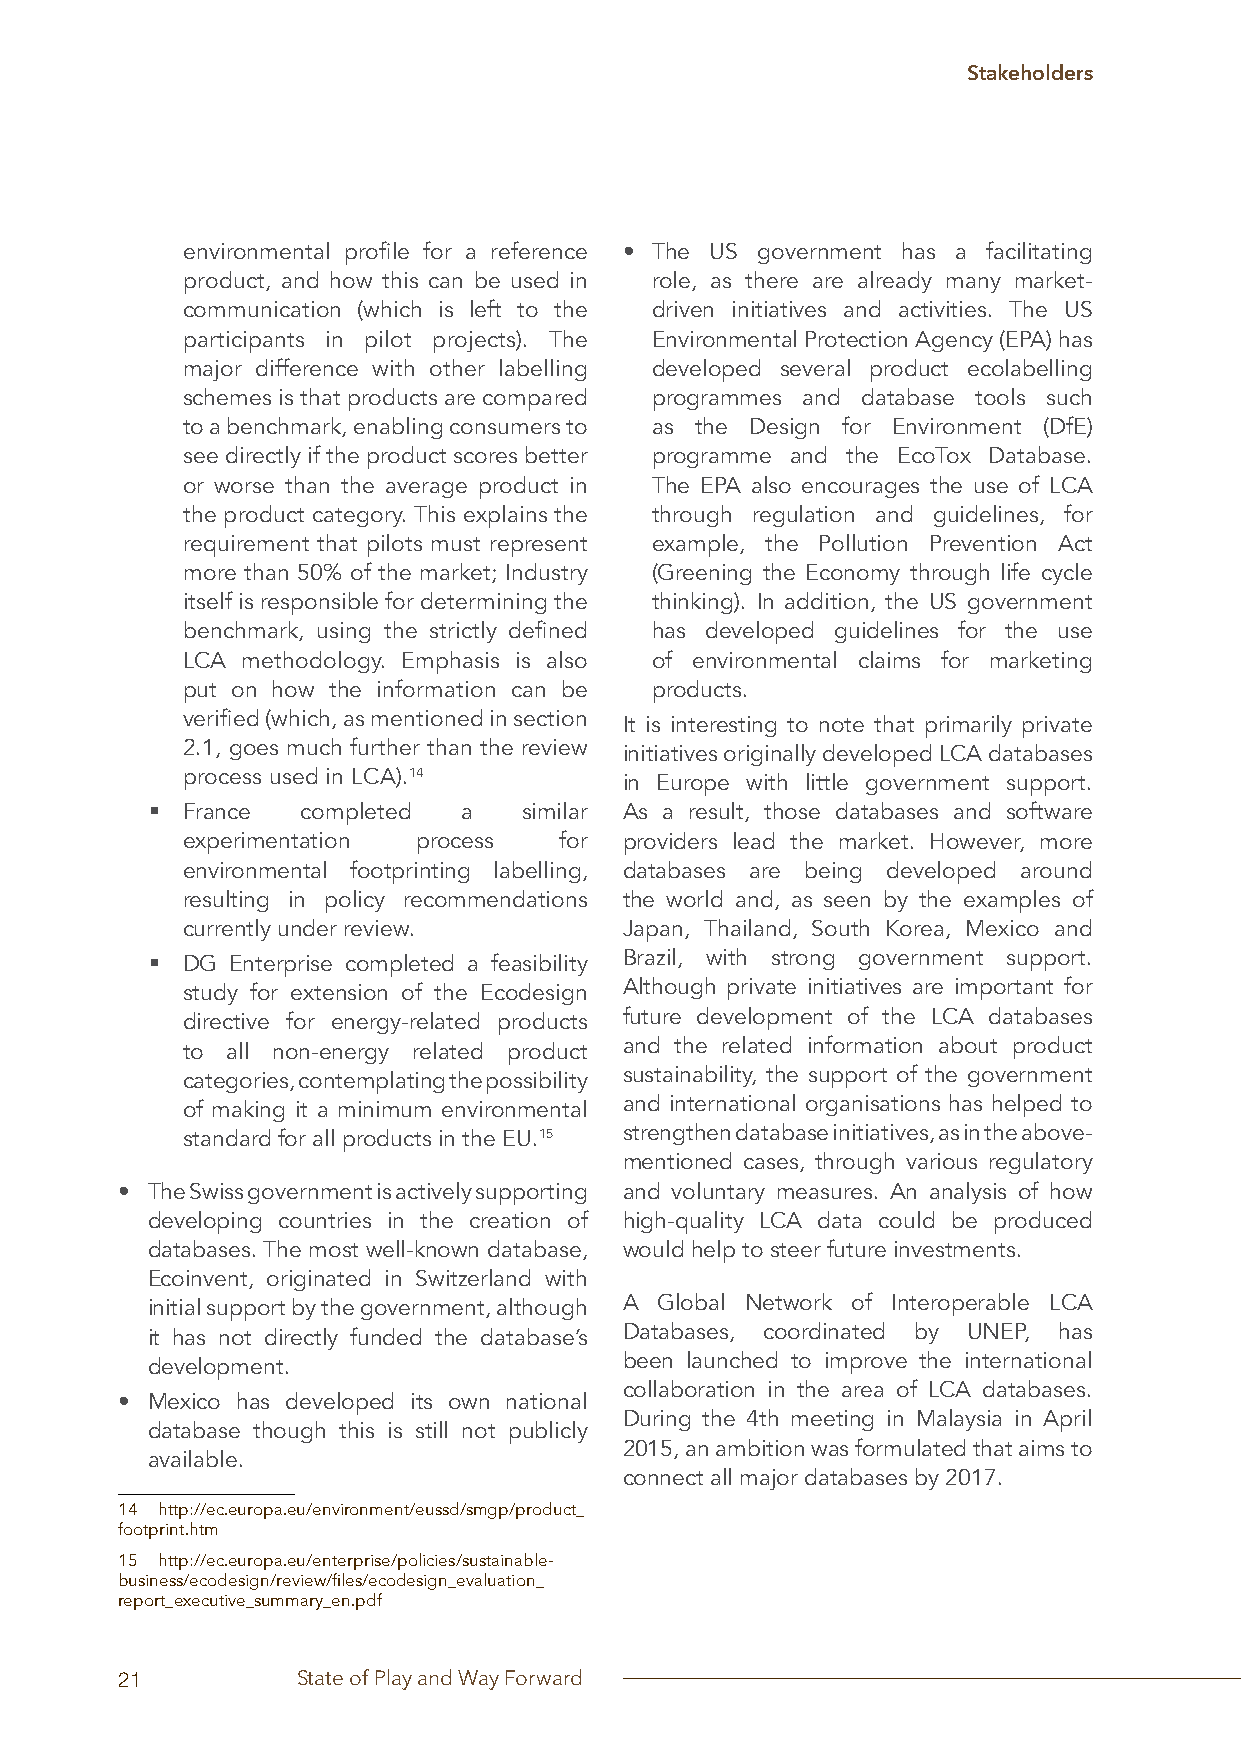
Stakeholders
 environmental profile for a reference • The US government has a facilitating
 product, and how this can be used in role, as there are already many market-
 communication (which is left to the driven initiatives and activities. The US
 participants in pilot projects). The Environmental Protection Agency (EPA) has
 major difference with other labelling developed several product ecolabelling
 schemes is that products are compared programmes and database tools such
 to a benchmark, enabling consumers to as the Design for Environment (DfE)
 see directly if the product scores better programme and the EcoTox Database.
 or worse than the average product in The EPA also encourages the use of LCA
 the product category. This explains the through regulation and guidelines, for
 requirement that pilots must represent example, the Pollution Prevention Act
 more than 50% of the market; Industry (Greening the Economy through life cycle
 itself is responsible for determining the thinking). In addition, the US government
 benchmark, using the strictly defined has developed guidelines for the use
 LCA methodology. Emphasis is also of environmental claims for marketing
 put on how the information can be products.
 verified (which, as mentioned in section It is interesting to note that primarily private
 2.1, goes much further than the review initiatives originally developed LCA databases
 process used in LCA).14      in Europe with little government support.
 § France  completed  a   similar As a result, those databases and software
 experimentation process  for providers lead the market. However, more
 environmental footprinting labelling, databases are being developed around
 resulting in policy recommendations the world and, as seen by the examples of
 currently under review.      Japan, Thailand, South Korea, Mexico and
 § DG Enterprise completed a feasibility Brazil, with strong government support.
 study for extension of the Ecodesign Although private initiatives are important for
 directive for energy-related products future development of the LCA databases
 to all non-energy related product and the related information about product
 categories, contemplating the possibility sustainability, the support of the government
 of making it a minimum environmental and international organisations has helped to
 standard for all products in the EU.15 strengthen database initiatives, as in the above-
 mentioned cases, through various regulatory
 • The Swiss government is actively supporting and voluntary measures. An analysis of how
 developing countries in the creation of high-quality LCA data could be produced
 databases. The most well-known database, would help to steer future investments.
 Ecoinvent, originated in Switzerland with
 initial support by the government, although A Global Network of Interoperable LCA
 it has not directly funded the database’s Databases, coordinated by UNEP, has
 development.                   been launched to improve the international
 collaboration in the area of LCA databases.
 • Mexico has developed its own national
 During the 4th meeting in Malaysia in April
 database though this is still not publicly
 2015, an ambition was formulated that aims to
 available.
 connect all major databases by 2017.
 14 http://ec.europa.eu/environment/eussd/smgp/product_
 footprint.htm
 15 http://ec.europa.eu/enterprise/policies/sustainable-
 business/ecodesign/review/files/ecodesign_evaluation_
 report_executive_summary_en.pdf
 21          State of Play and Way Forward